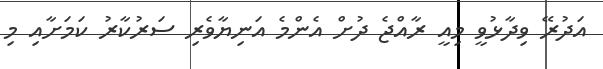
އަދުރޭ ވިދާޅުވީ މިއީ ރާއްޖެ ދުށް އެންމެ އަނިޔާވެރި ސަރުކާރު ކަމަށާއި މި